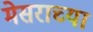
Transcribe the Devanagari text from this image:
मेसराच्या